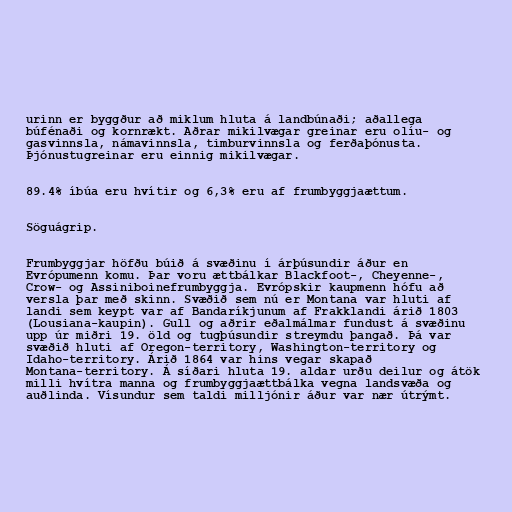
urinn er byggður að miklum hluta á landbúnaði; aðallega
búfénaði og kornrækt. Aðrar mikilvægar greinar eru olíu- og
gasvinnsla, námavinnsla, timburvinnsla og ferðaþónusta.
Þjónustugreinar eru einnig mikilvægar.

89.4% íbúa eru hvítir og 6,3% eru af frumbyggjaættum.

Söguágrip.

Frumbyggjar höfðu búið á svæðinu í árþúsundir áður en
Evrópumenn komu. Þar voru ættbálkar Blackfoot-, Cheyenne-,
Crow- og Assiniboinefrumbyggja. Evrópskir kaupmenn hófu að
versla þar með skinn. Svæðið sem nú er Montana var hluti af
landi sem keypt var af Bandaríkjunum af Frakklandi árið 1803
(Lousiana-kaupin). Gull og aðrir eðalmálmar fundust á svæðinu
upp úr miðri 19. öld og tugþúsundir streymdu þangað. Þá var
svæðið hluti af Oregon-territory, Washington-territory og
Idaho-territory. Árið 1864 var hins vegar skapað
Montana-territory. Á síðari hluta 19. aldar urðu deilur og átök
milli hvítra manna og frumbyggjaættbálka vegna landsvæða og
auðlinda. Vísundur sem taldi milljónir áður var nær útrýmt.